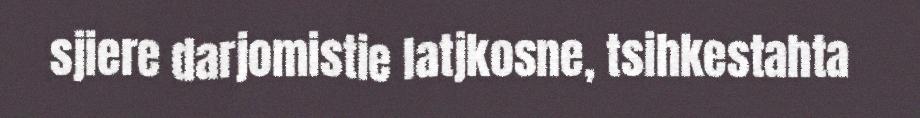
sjiere darjomistie latjkosne, tsihkestahta